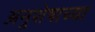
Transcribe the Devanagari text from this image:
अनुशेषाच्या